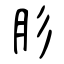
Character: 肜